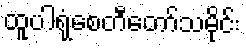
ထူပါရုံစေတီတော်သမိုင်း